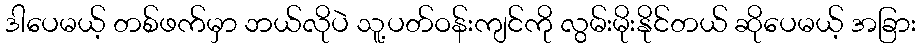
ဒါပေမယ့် တစ်ဖက်မှာ ဘယ်လိုပဲ သူ့ပတ်ဝန်းကျင်ကို လွမ်းမိုးနိုင်တယ် ဆိုပေမယ့် အခြား